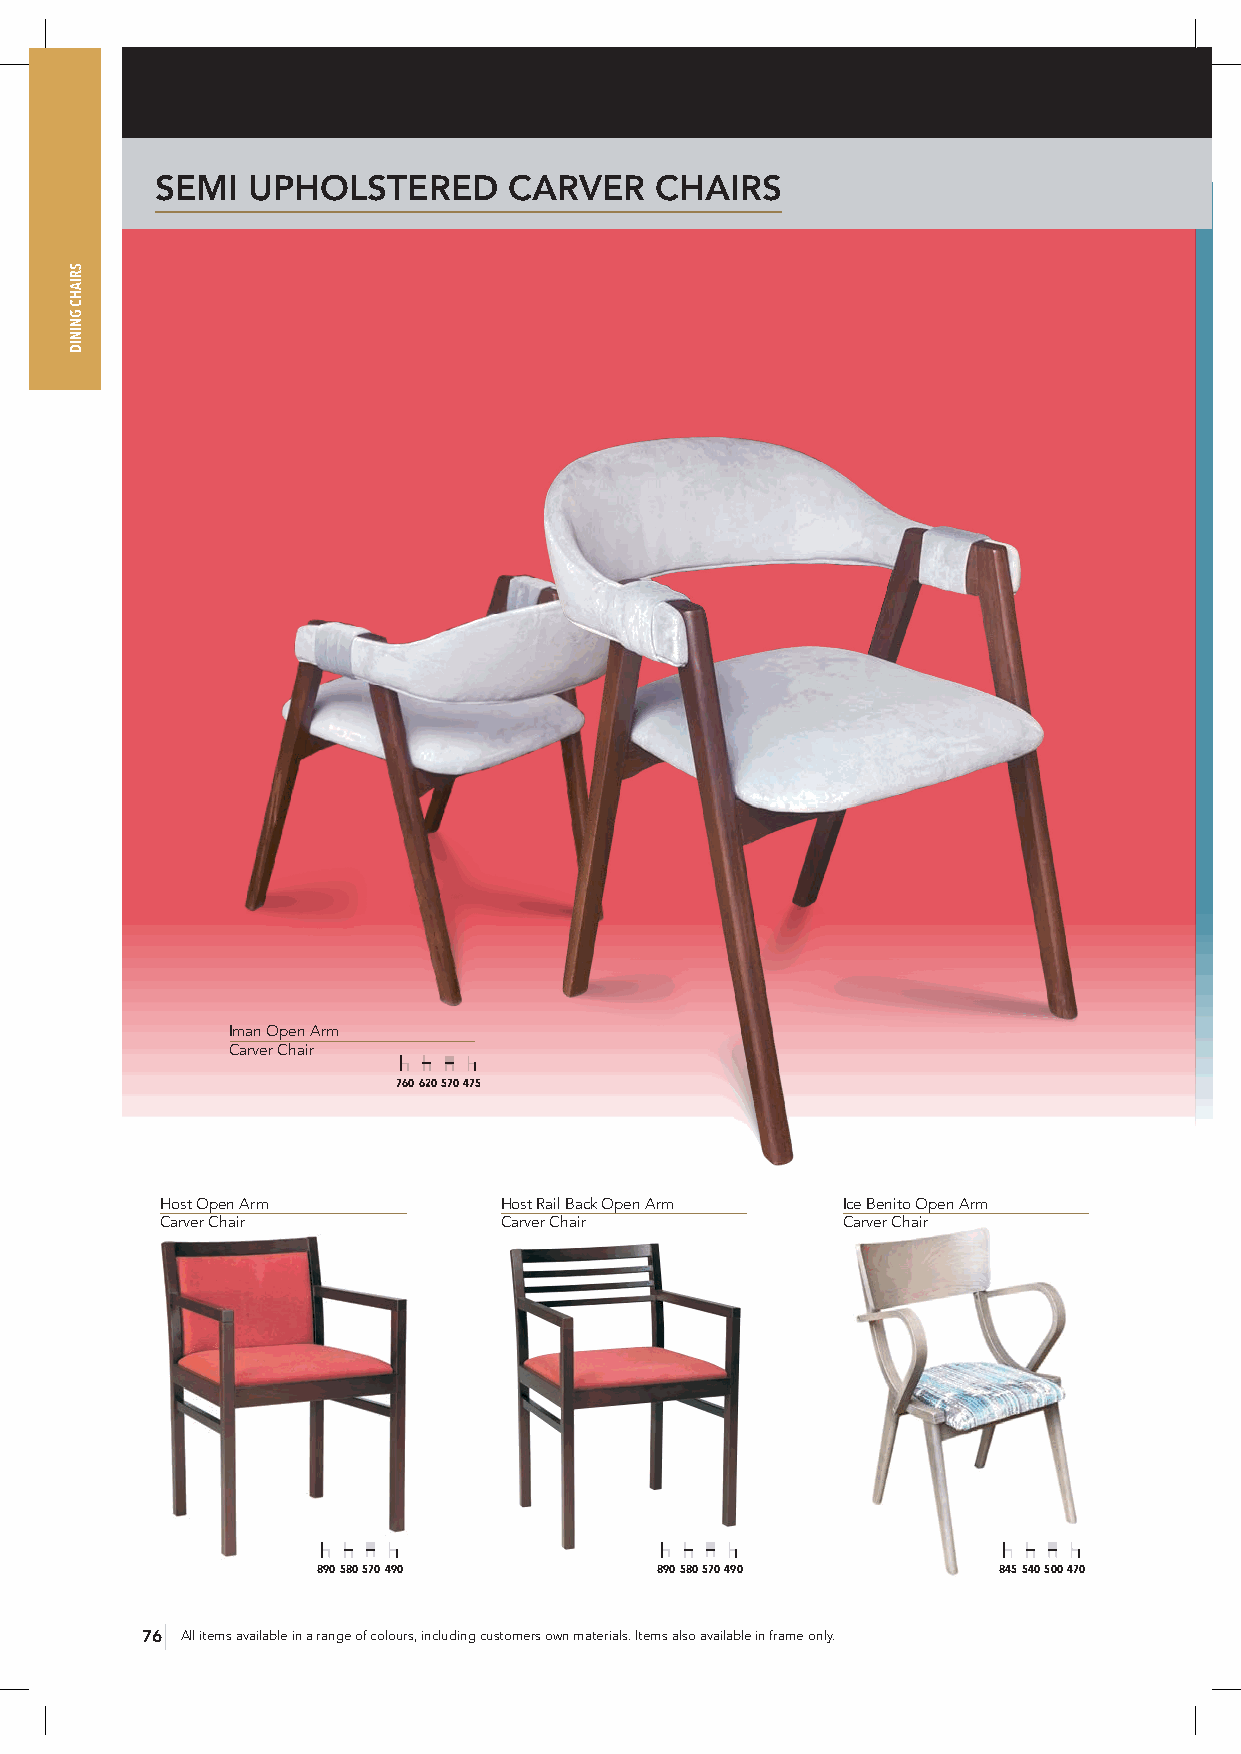
SEMI  UPHOLSTERED       CARVER   CHAIRS
 Iman Open Arm
 Carver Chair
 760 620 570 475
 Host Open Arm         Host Rail Back Open Arm Ice Benito Open Arm
 Carver Chair          Carver Chair           Carver Chair
 890 580 570 490       890 580 570 490        845 540 500 470
 76 All items available in a range of colours, including customers own materials. Items also available in frame only.
 SRIAHC
 GNINID